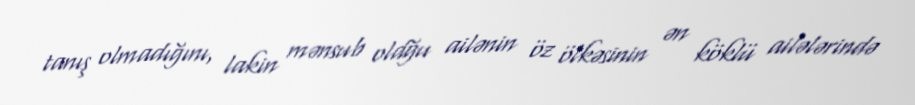
tanış olmadığını, lakin mənsub oldğu ailənin öz ölkəsinin ən köklü ailələrində